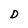
Character: D